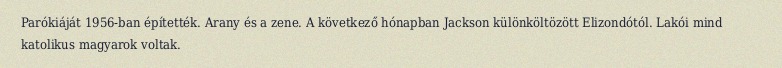
Parókiáját 1956-ban építették. Arany és a zene. A következő hónapban Jackson különköltözött Elizondótól. Lakói mind katolikus magyarok voltak.